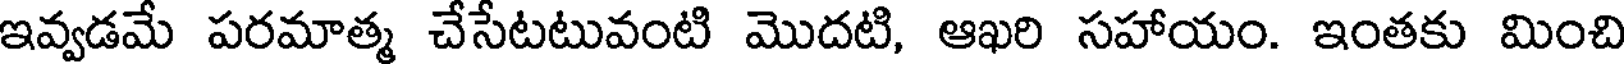
ఇవ్వడమే పరమాత్మ చేసేటటువంటి మొదటి, ఆఖరి సహాయం. ఇంతకు మించి